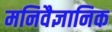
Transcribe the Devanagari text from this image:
मनिवैज्ञानिक